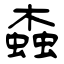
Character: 螙